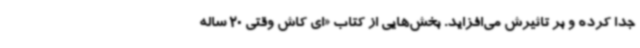
جدا کرده و بر تاثیرش می‌افزاید. بخش‌هایی از کتاب «ای کاش وقتی 20 ساله